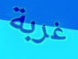
غربة